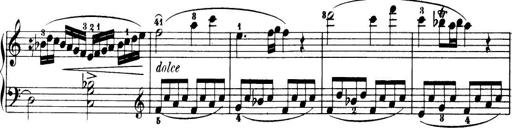
Title: 32 Sonatinas and Rondos for the Piano
Composer: Richard Kleinmichel